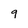
Character: 9